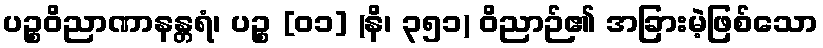
ပဉ္စဝိညာဏာနန္တရံ၊ ပဉ္စ [၀၁] (နိ၊ ၃၅၁) ဝိညာဉ်၏ အခြားမဲ့ဖြစ်သော